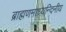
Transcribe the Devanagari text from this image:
ब्राह्मणमाध्यन्दिनीय